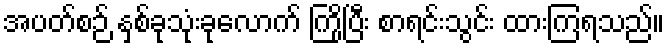
အပတ်စဉ် နှစ်ခုသုံးခုလောက် ကြိုပြီး စာရင်းသွင်း ထားကြရသည်။